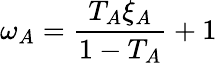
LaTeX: \omega_{A}=\frac{T_{A}\xi_{A}}{1-T_{A}}+1